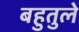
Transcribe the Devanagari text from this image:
बहुतुले